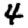
Digit: 4